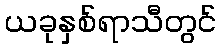
ယခုနှစ်ရာသီတွင်